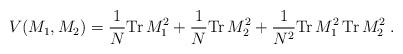
LaTeX: \begin{align*}V(M_1 ,M_2 ) = \frac{1}{N} \mbox{Tr} \, M_1^2 + \frac{1}{N} \mbox{Tr} \,M_2^2 +\frac{1}{N^2 } \mbox{Tr} \, M_1^2 \, \mbox{Tr} \, M_2^2 \; .\end{align*}